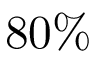
8 0 \%